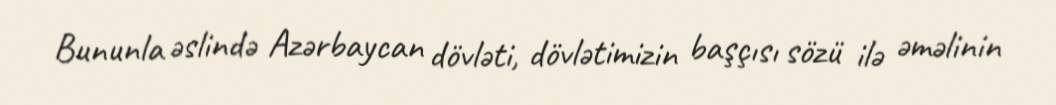
Bununla əslində Azərbaycan dövləti, dövlətimizin başçısı sözü ilə əməlinin